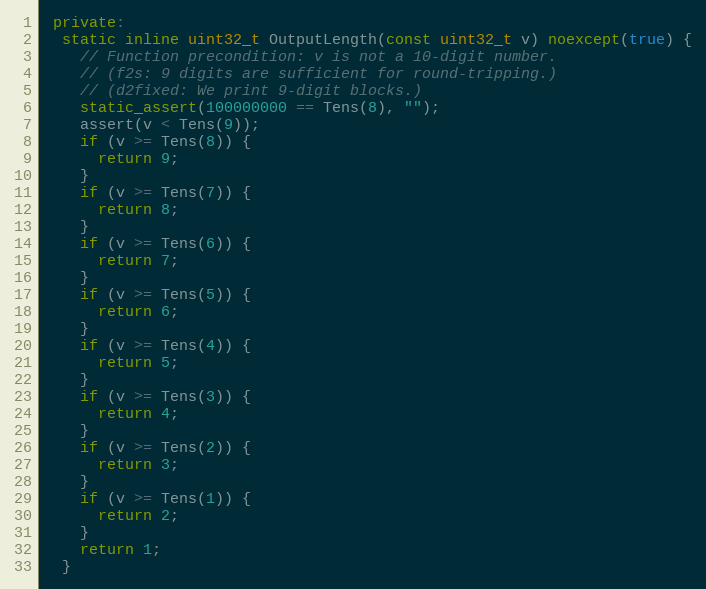
Language: C++
 private:
  static inline uint32_t OutputLength(const uint32_t v) noexcept(true) {
    // Function precondition: v is not a 10-digit number.
    // (f2s: 9 digits are sufficient for round-tripping.)
    // (d2fixed: We print 9-digit blocks.)
    static_assert(100000000 == Tens(8), "");
    assert(v < Tens(9));
    if (v >= Tens(8)) {
      return 9;
    }
    if (v >= Tens(7)) {
      return 8;
    }
    if (v >= Tens(6)) {
      return 7;
    }
    if (v >= Tens(5)) {
      return 6;
    }
    if (v >= Tens(4)) {
      return 5;
    }
    if (v >= Tens(3)) {
      return 4;
    }
    if (v >= Tens(2)) {
      return 3;
    }
    if (v >= Tens(1)) {
      return 2;
    }
    return 1;
  }